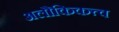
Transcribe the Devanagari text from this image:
अलौकिकत्त्व